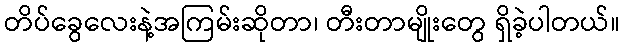
တိပ်ခွေလေးနဲ့အကြမ်းဆိုတာ၊ တီးတာမျိုးတွေ ရှိခဲ့ပါတယ်။